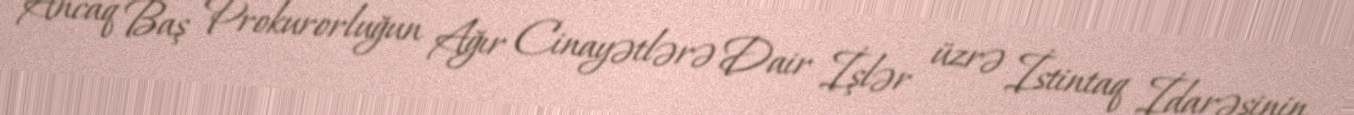
Ancaq Baş Prokurorluğun Ağır Cinayətlərə Dair İşlər üzrə İstintaq İdarəsinin